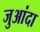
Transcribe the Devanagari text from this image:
जुआंदा